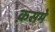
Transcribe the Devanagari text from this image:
क़समे